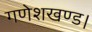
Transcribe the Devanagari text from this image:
गणेशखण्ड।